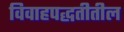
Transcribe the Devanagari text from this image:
विवाहपद्धतीतील